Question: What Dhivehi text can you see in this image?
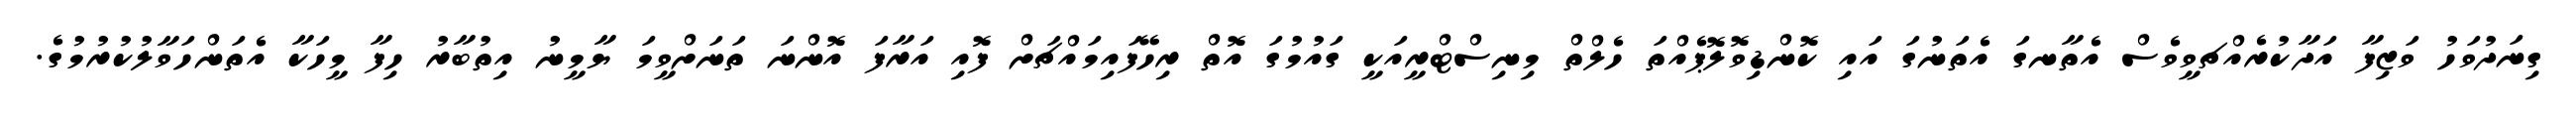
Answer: ގިނަދުވަހު ވަޒިފާ އަދާކުރެއްޗވީވެސް އެތާނގަ އެތަނުގަ އައި ކޮންޑިވޮލޮޕެއްތަ ހެލްތް މިނިސްޓްރީއަކީ ގައުމުގަ އޮތް ރިހޭފައިމައްޗަށް ފޮއި އަރާފަ އޮންނަ ތަނަށްވީމަ ޔާމީނު އިތުބާރު ހިފާ މީހަކާ އެތަންހަވާލުކުރުމުގެ.